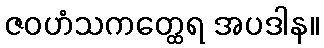
ဇဝဟံသကတ္ထေရ အပဒါန။